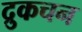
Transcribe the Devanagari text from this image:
द्रुकचन